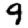
Digit: 9